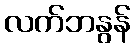
လက်ဘနွန်